Vital statistics of India. Vol. VI, European troops 1870-79
Year: 1870
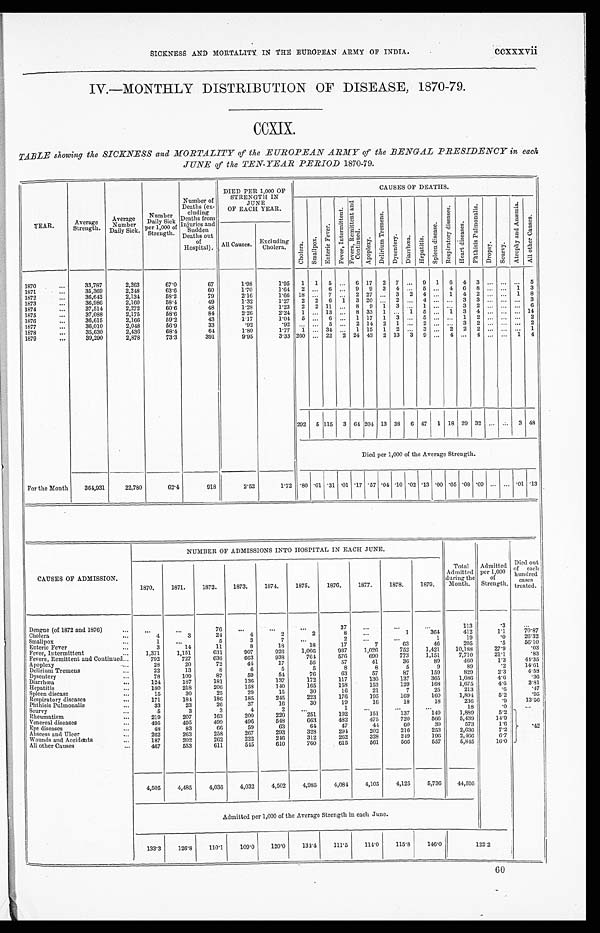
ccxxxvii
SICKNESS AND MORTALITY IN THE EUROPEAN ARMY OF INDIA.
IV.—MONTHLY DISTRIBUTION OF DISEASE, 1870-79.
CCXIX.
TABLE showing the SICKNESS and MORTALITY of the EUROPEAN ARMY of the BENGAL PRESIDENCY in each
JUNE of the TEN-YEAR PERIOD 1870-79.
Y E A R .
Average
Strength.
Average
N u m b e r
Daily Sick.
N u m b e r s
D a i l y S i c k
per 1,000 of
Strength.
Number of
Deaths (ex-
cluding
Deaths from
Injures and
Sudden
Deaths out
of
Hospital).
DIED PER 1,000 OF
STRENGTH IN
JUNE
OF EACH YEAR.
CAUSES OF DEATHS.
C h o l e r a .
Smal l pox.
E n t e r i c F e v e r .
F e v e r , I n t e r m i t t e n t .
F e v e r s , R e m i t t e n t a n d C o n t i n u e d .
A p o p l e x y .
De l i r i u m T r e me n s .
Dys e nt e r y.
Di a r r hœa .
He pa t i t i s .
Sp l e e n d i s e a s e .
R e s p i r a t o r y d i s e a s e s .
He a r t d i s e a s e s .
Ph t h i s i s Pu l mo n a l i s .
D r o p s y .
S c u r v y .
A t r o p h y a n d A n æ m i a .
Al l o t h e r Ca u s e s .
All Causes.
Excluding
C h o l e r a
1870
. . .
33,787
2,263
67.0
67
1 . 9 8
1 . 9 5
1
1
5
...
6
17
2
7
...
9
1
6
4
3
...
...
.
. .
5
1871
. . .
35,369
2,248
63.6
60
1.70
1.64
2 ...
6
...
9
9
3
4
.
...
5
...
4
6
8
...
...
1
3
1872
. . . . . .
36,642
2,134
58.2
79
2.16
1.66
18
...
7
. . .
2
27 ...
3
2
4
...
1
4
2
...
. . .
1
8
1873
...
36,986
2,160
58.4
49
1.32
1.27
2
2
6
1
3
20
...
2 ...
4
...
...
3
3
...
...
...
3
1874
...
37,514
2,272
60.6
48
1 . 2 8
1 . 2 3
2
2
11
...
8
9
1
3
...
1
...
.
. .
3
2 ...
.. ...
6
1875
....
37,088
2,175
58.6
84
2.26
2.24
1
...
13
...
8
33
1
...
1
5
...
1
3
4
...
...
... 14
1876
...
36,615
2,166
59.2
43
1.17
1.04
5
...
6
...
1
17
1 3
...
5
...
...
1
2
... ...
...
2
1877
...
36,010
2,048
56.9
33
. 9 2
.92
...
...
5
...
2
14
2
1
...
2
...
.
. .
3
2
...
...
...
2
1878
...
35,630
2,436
68.4
64
1 . 8 0
1.77
1
...
34
..
...
1
15
1
2
...
.
3
...
2 2
2
...
...
. . . 1
1879
...
39,290
2,878
7 3 . 3
391
9.95
3 . 3 3 260 ...
22
2
24
43
2
13
3
9
.....
4
...
4
...
...
1 4
292
5 115
3
64 204 13
38
6
47
1
18
29
32 ...
..
3
48
Died per 1,000 of the Average Strength.
For the Month
3 6 4 , 9 3 1
22,780
62.4
918
2.52
1.72 .80 .01 .31 .01 .17 .57 .04 .10 .02 .13 .00
.05 .08 .09 ...
... .01 .13
NUMBER OF ADMISSIONS INTO HOSPITAL IN EACH JUNE.
CAUSES OF ADMISSION.
1870.
1871.
1872.
1873.
1874.
1875.
1876.
1877.
1878.
1879.
Total
Admitted
during the
Month.
Admitted
per 1,000
of
Strength.
Died
out of
each
hundred
c a s e s
treated.
Dengue (of 1872 and 1876)
. . .
. . .
...
76
...
...
..
37
. . .
. . .
...
113
.3
. . .
Cholera
...
4
3
24
4
2
2
8
. . .
1
3 6 4
4 1 2
1 . 1
7 0 . 8 7
Smallpox
1
...
5
3
7
. . .
2
. . .
. . .
1
19 19
. 0
2 6 . 3 2
Enteric Fever
...
3
14
11
8
18
18
17
7
. . .
46
2 0 5
. 5
5 6 . 1 0
Fever, Intermittent
...
1,371
1,151
631
907
926
1,066
937
1,026
63
1,421
10,188
27.9
.03
Fevers, Remittent and Continued...
792
727
636
663
938
764
576
690
7 5 2
1,151
7,710 7 . 7 1 0
2 1 . 1
. 8 3
Apoplexy
...
28
20
72
44
17
56
57
41
7 7 3
89
4 6 0
1 . 3
4 4 . 3 5
Delirium Tremens
22
13
8
6
5
5
8
8
36
9
89
. 2
1 4 . 6 1
Dysentery
...
78
109
87
59
54
76
63
57
5
1 5 9
8 2 9
2 . 3
4 . 5 8
Diarrhœa
. . .
124
187
181
136
137
172
117
158
130
87
3 6 5
1,686
4.6
. 3 6
Hepatitis
180
218
206
158
140
165
1 5 8
1 5 3
1 3 7
1 6 8
1 , 6 7 5
4 . 6
2 . 8 1
Spleen disease
,..
15
30
25
29
15
30
16
21
1 2 9
25
2 1 3
. 6
47
Respiratory diseases
...
171
184
186
185
245
223
176
1 9 5
7
160
1 , 8 9 4
5.2 5 . 2
. 9 5
Phthisis Pulmonalis
. . .
33
23
26
37
16
30
19
16
1 6 9
18
2 3 6
. 9
1 3 . 5 6
Scurvy
...
5
3
3
4
2
...
1
. . .
1 8
. . .
18
. 0
. . .
Rheumatism
. . .
219
207
163
200
220
251
192
1 5 1
1 3 7
1 4 9
1 , 8 8 9
5 . 2
Venereal diseases
. . .
495
495
4 9 9
496
548
663
482
4 7 5
720 7 2 0
5 6 6
5 , 4 3 9
1 4 . 9
Eye diseases
48
83
66
59
63
64
47
44
60
39
5 7 3
1 . 6
.42
Abscess and Ulcer
. . .
262
263
258
267
293
328
294
2 0 2
216
2 5 3
2 , 6 3 6
7.2 7 . 2
Wounds and Accidents
. . .
187
202
262
222
246
312
262
3 2 8
2 4 9
1 9 6
2 , 4 6 6
6 . 7
All other Causes
...
467
553
611
545
610
760
615
5 6 1
5 6 6
5 5 7
5 , 8 4 5
1 6 . 0
4,505
4,485
4,030
4,032
4,502
4,985
4,084
4,105
4,125
5,736
44,595
Admitted per 1,000 of the Average Strength in each June.
133.3
126.8
1 1 0 . 1
109.0
120.0
134.4
111.5
114.0
115.8
1 4 6 . 0
1 2 2 . 2
60